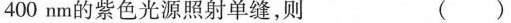
400nm的紫色光源照射单缝，则 ( )